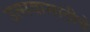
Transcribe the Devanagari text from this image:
उत्सवासाठीचे